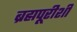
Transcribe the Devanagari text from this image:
ब्रह्मपूरीशी